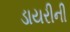
ડાયરીની